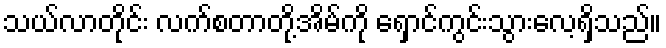
သယ်လာတိုင်း လက်စတာတို့အိမ်ကို ရှောင်ကွင်းသွားလေ့ရှိသည်။